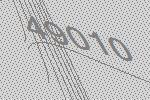
49010